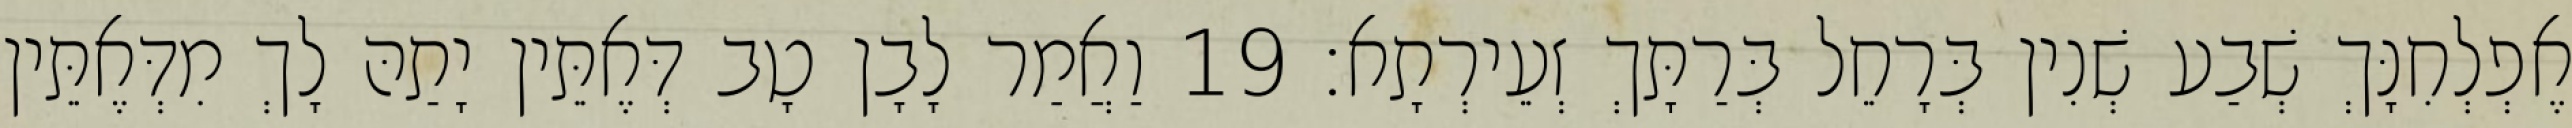
אֶפְלְחִנָּךְ שְׁבַע שְׁנִין בְּרָחֵל בְּרַתָּךְ זְעֵירְתָא׃ 19 וַאֲמַר לָבָן טָב דְּאֶתֵּין יָתַהּ לָךְ מִדְּאֶתֵּין